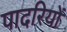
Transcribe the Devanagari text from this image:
पादरियों